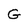
Character: G